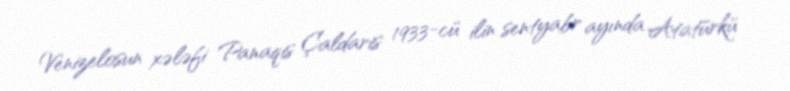
Venizelosun xələfi Panaqis Çaldaris 1933-cü ilin sentyabr ayında Atatürkü